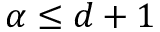
\alpha \leq d + 1